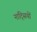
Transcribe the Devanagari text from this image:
नाट्सियों